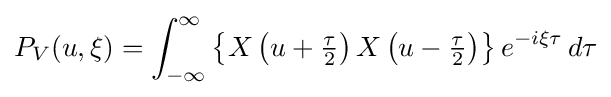
P_{V}(u,\xi )=\int _{-\infty }^{\infty }\left\{X\left(u+{\tfrac {\tau }{2}}\right)X\left(u-{\tfrac {\tau }{2}}\right)\right\}e^{-i\xi \tau }\,d\tau